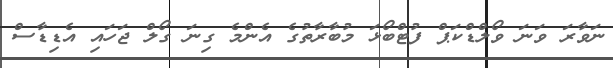
ނަވާރަ ވަނަ ވޯލްޑްކަޕް ފުޓްބޯޅަ މުބާރާތުގެ އެންމެ ގިނަ ގޯލް ޖަހައި އެޑިޑާސް